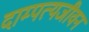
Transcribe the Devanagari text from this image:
दाम्पत्यजीवन